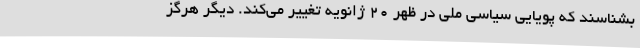
بشناسند که پویایی سیاسی ملی در ظهر 20 ژانویه تغییر می‌کند. دیگر هرگز